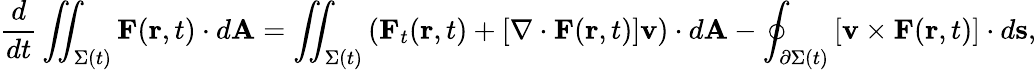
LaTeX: {\frac{d}{dt}}\iint_{\Sigma(t)}\mathbf{F}(\mathbf{r},t)\cdot d\mathbf{A}=\iint_{\Sigma(t)}\left(\mathbf{F}_{t}(\mathbf{r},t)+\left[\nabla\cdot\mathbf{F}(\mathbf{r},t)\right]\mathbf{v}\right)\cdot d\mathbf{A}-\oint_{\partial\Sigma(t)}\left[\mathbf{v}\times\mathbf{F}(\mathbf{r},t)\right]\cdot d\mathbf{s},